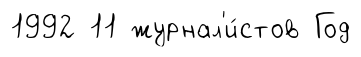
1992 11 журнал'и́стов Год